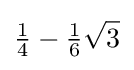
{\tfrac {1}{4}}-{\tfrac {1}{6}}{\sqrt {3}}